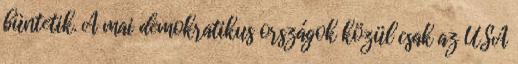
büntetik. A mai demokratikus országok közül csak az USA